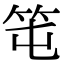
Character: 𥫱